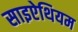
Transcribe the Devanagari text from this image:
साइऐथियम